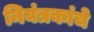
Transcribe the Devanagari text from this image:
नियंत्रकांचे